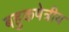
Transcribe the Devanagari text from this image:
बहुकषेत्रीय